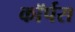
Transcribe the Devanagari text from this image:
काॅर्पस